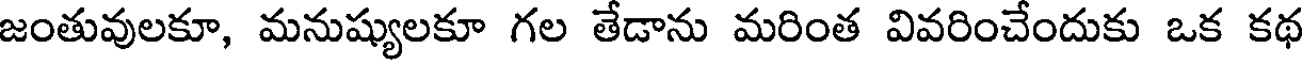
జంతువులకూ, మనుష్యులకూ గల తేడాను మరింత వివరించేందుకు ఒక కథ